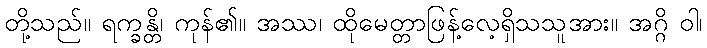
တို့သည်။ ရက္ခန္တိ၊ ကုန်၏။ အဿ၊ ထိုမေတ္တာဖြန့်လေ့ရှိသသူအား။ အဂ္ဂိ ဝါ၊